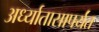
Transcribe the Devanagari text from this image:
अर्ध्यातासापर्यंत